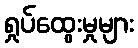
ရှုပ်ထွေးမှုများ